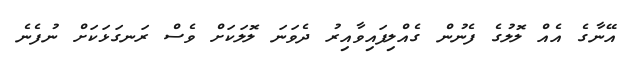
އޭނާގެ އެއް ލޮލުގެ ފެނުން ގެއްލިފައިވާއިރު ދެވަނަ ލޮލަކަށް ވެސް ރަނގަޅަކަށް ނުފެނެ